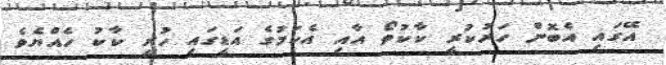
އޭގައި އެބޮން ހަރުކުރީ ކާކުތޯ އާއި އެކަމުގެ އަޑީގައި ހުރީ ކާކު ހެއްޔެވެ